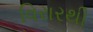
વિરારથી